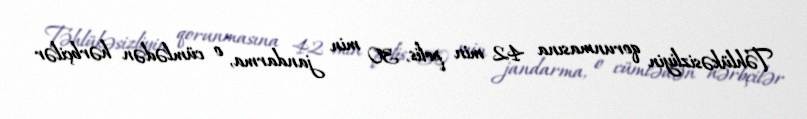
Təhlükəsizliyin qorunmasına 42 min polis, 30 min jandarma, o cümlədən hərbçilər